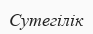
Сутегілік